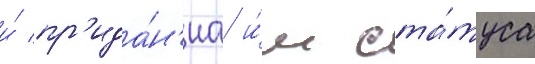
и́ пр'ида́н'иа и́м ста́туса